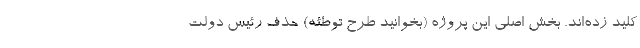
کلید زده‌اند. بخش اصلی این پروژه (بخوانید طرح توطئه) حذف رئیس ‌دولت